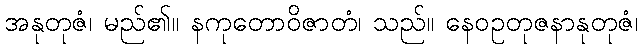
အနုတုဇံ၊ မည်၏။ နကုတောဝိဇာတံ၊ သည်။ နေဝဥတုဇနာနုတုဇံ၊